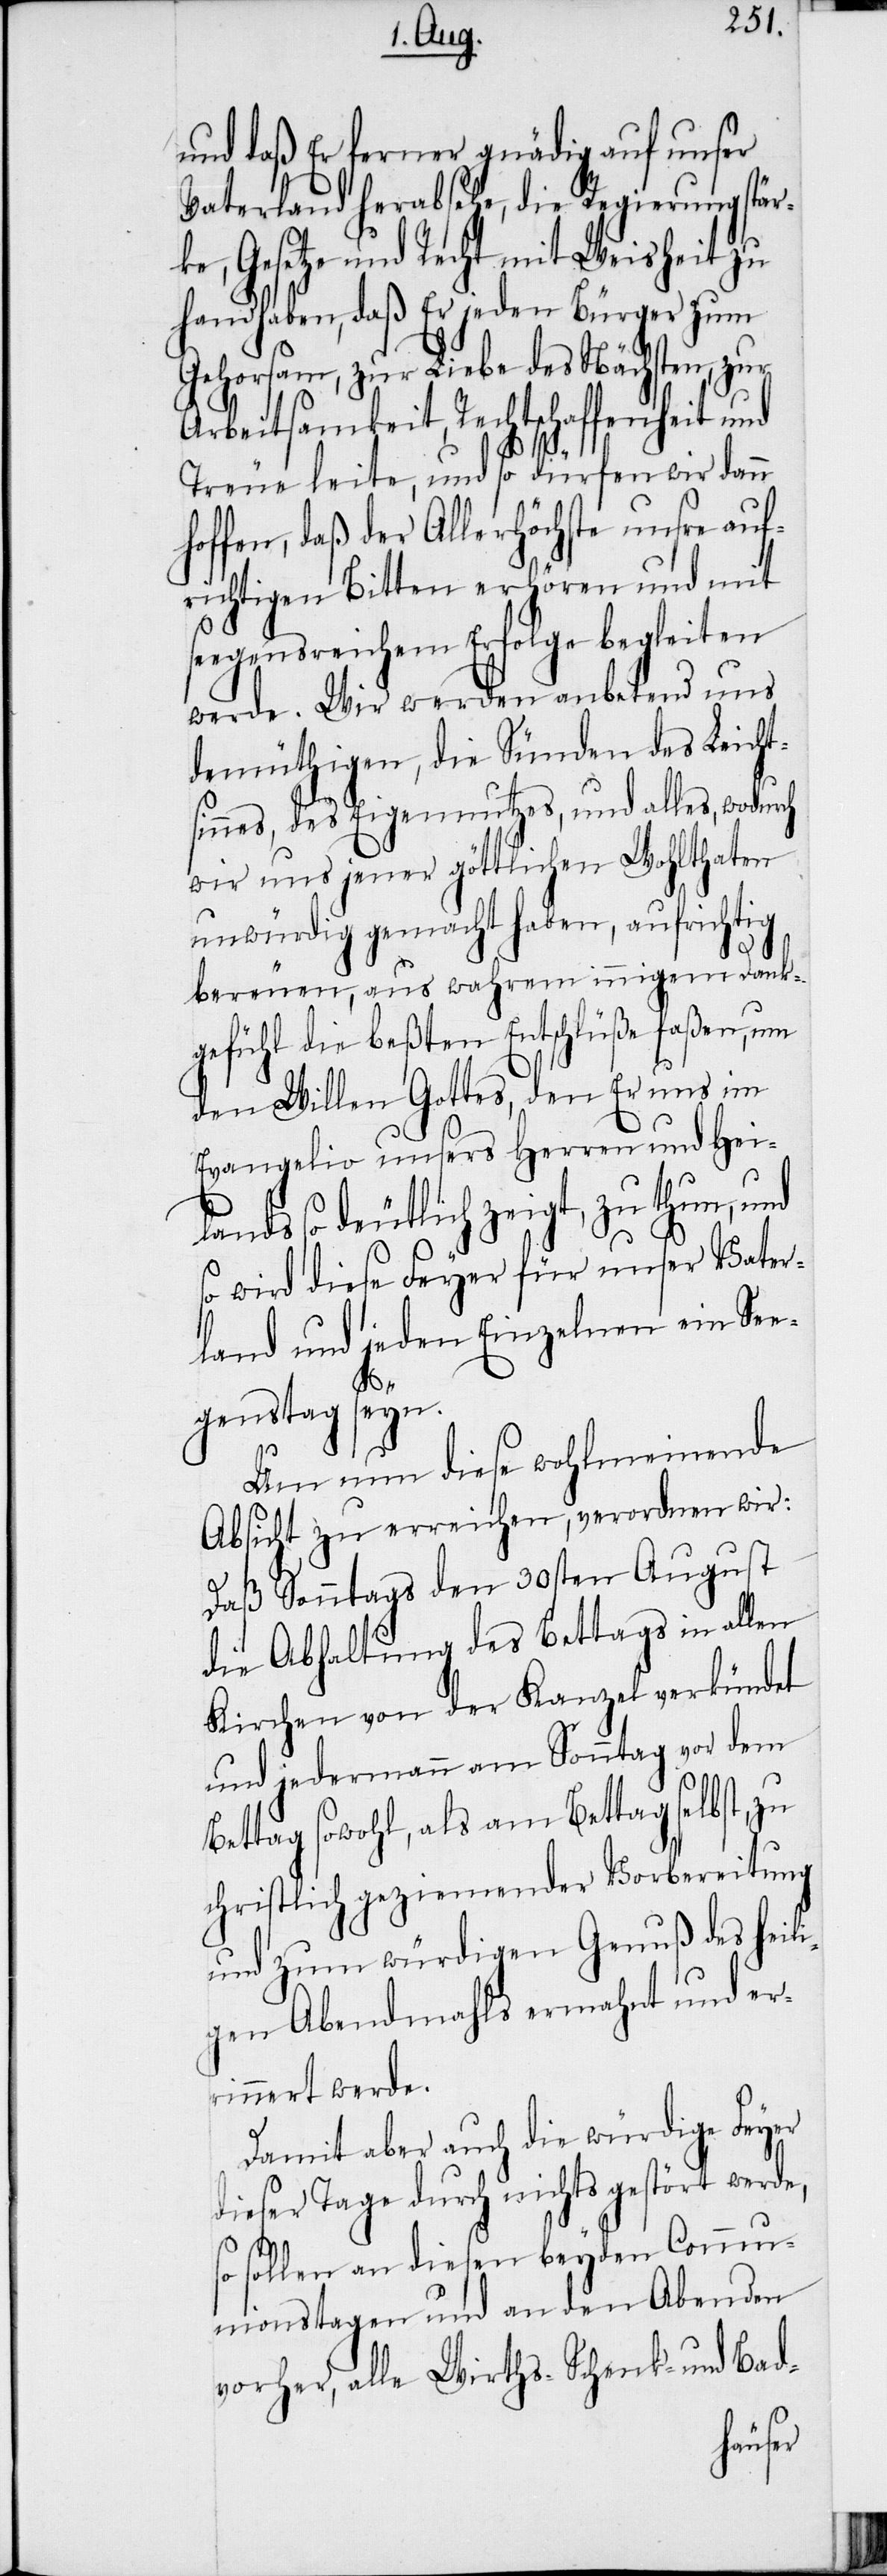
und daß Er ferner gnädig auf unser
Vaterland herabsehe, die Regierung stär¬
ke, Gesetze und Recht mit Weisheit zu
handhaben, daß Er jeden Bürger zum
Gehorsam, zur Liebe des Nächsten, zur
Arbeitsamkeit, Rechtschaffenheit und
Treue leite, und so dürfen wir dann
hoffen, daß der Allerhöchste unsre auf¬
richtigen Bitten erhören und mit
seegensreichem Erfolge begleiten
werde. Wir werden anbetend uns
demüthigen, die Sünden des Leicht¬
sinnes, des Eigennutzes, und alles, wodurch
wir uns jener göttlichen Wohlthaten
unwürdig gemacht haben, aufrichtig
bereuen, aus wahrem innigem Dank¬
gefühl die beßten Entschlüße faßen, um
den Willen Gottes, den Er uns im
Evangelio unsers Herren und Hei¬
lands so deutlich zeigt, zu thun, und
so wird diese Feyer für unser Vater¬
land und jeden Einzelnen ein Se¬
genstag seyn.
Um nun diese wohlmeinende
Absicht zu erreichen, verordnen wir:
Daß Sonntags den 30sten August
die Abhaltung des Bettags in allen
Kirchen von der Kanzel verkündet
und jedermann am Sonntag vor dem
Bettag sowohl, als am Bettag selbst, zu
christlich geziemender Vorbereitung
und zum würdigen Genuß des heili¬
gen Abendmahls ermahnt und er¬
innert werde.
Damit aber auch die würdige Feyer
dieser Tage durch nichts gestört werde,
so sollen an diesen beyden Comm¬
unionstagen und an den Abenden
vorher, alle Wirths- Schenk- und Bad-